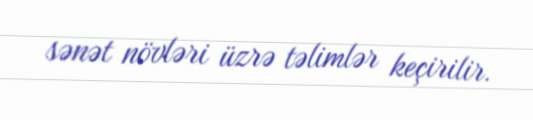
sənət növləri üzrə təlimlər keçirilir.